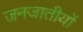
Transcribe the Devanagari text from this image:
जनजातीयों